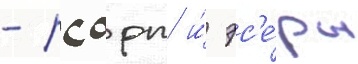
- рсдрп и́ эс'е́ры